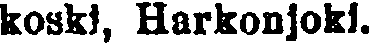
koski, Harkonjoki.